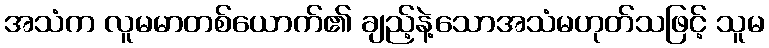
အသံက လူမမာတစ်ယောက်၏ ချည့်နဲ့သောအသံမဟုတ်သဖြင့် သူမ